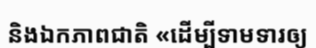
និងឯកភាពជាតិ «ដើម្បីទាមទារឲ្យ